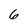
Character: 6